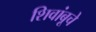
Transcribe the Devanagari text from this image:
शिवांबूचे